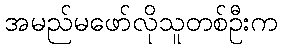
အမည်မဖော်လိုသူတစ်ဦးက